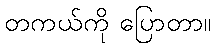
တကယ်ကို ပြောတာ။